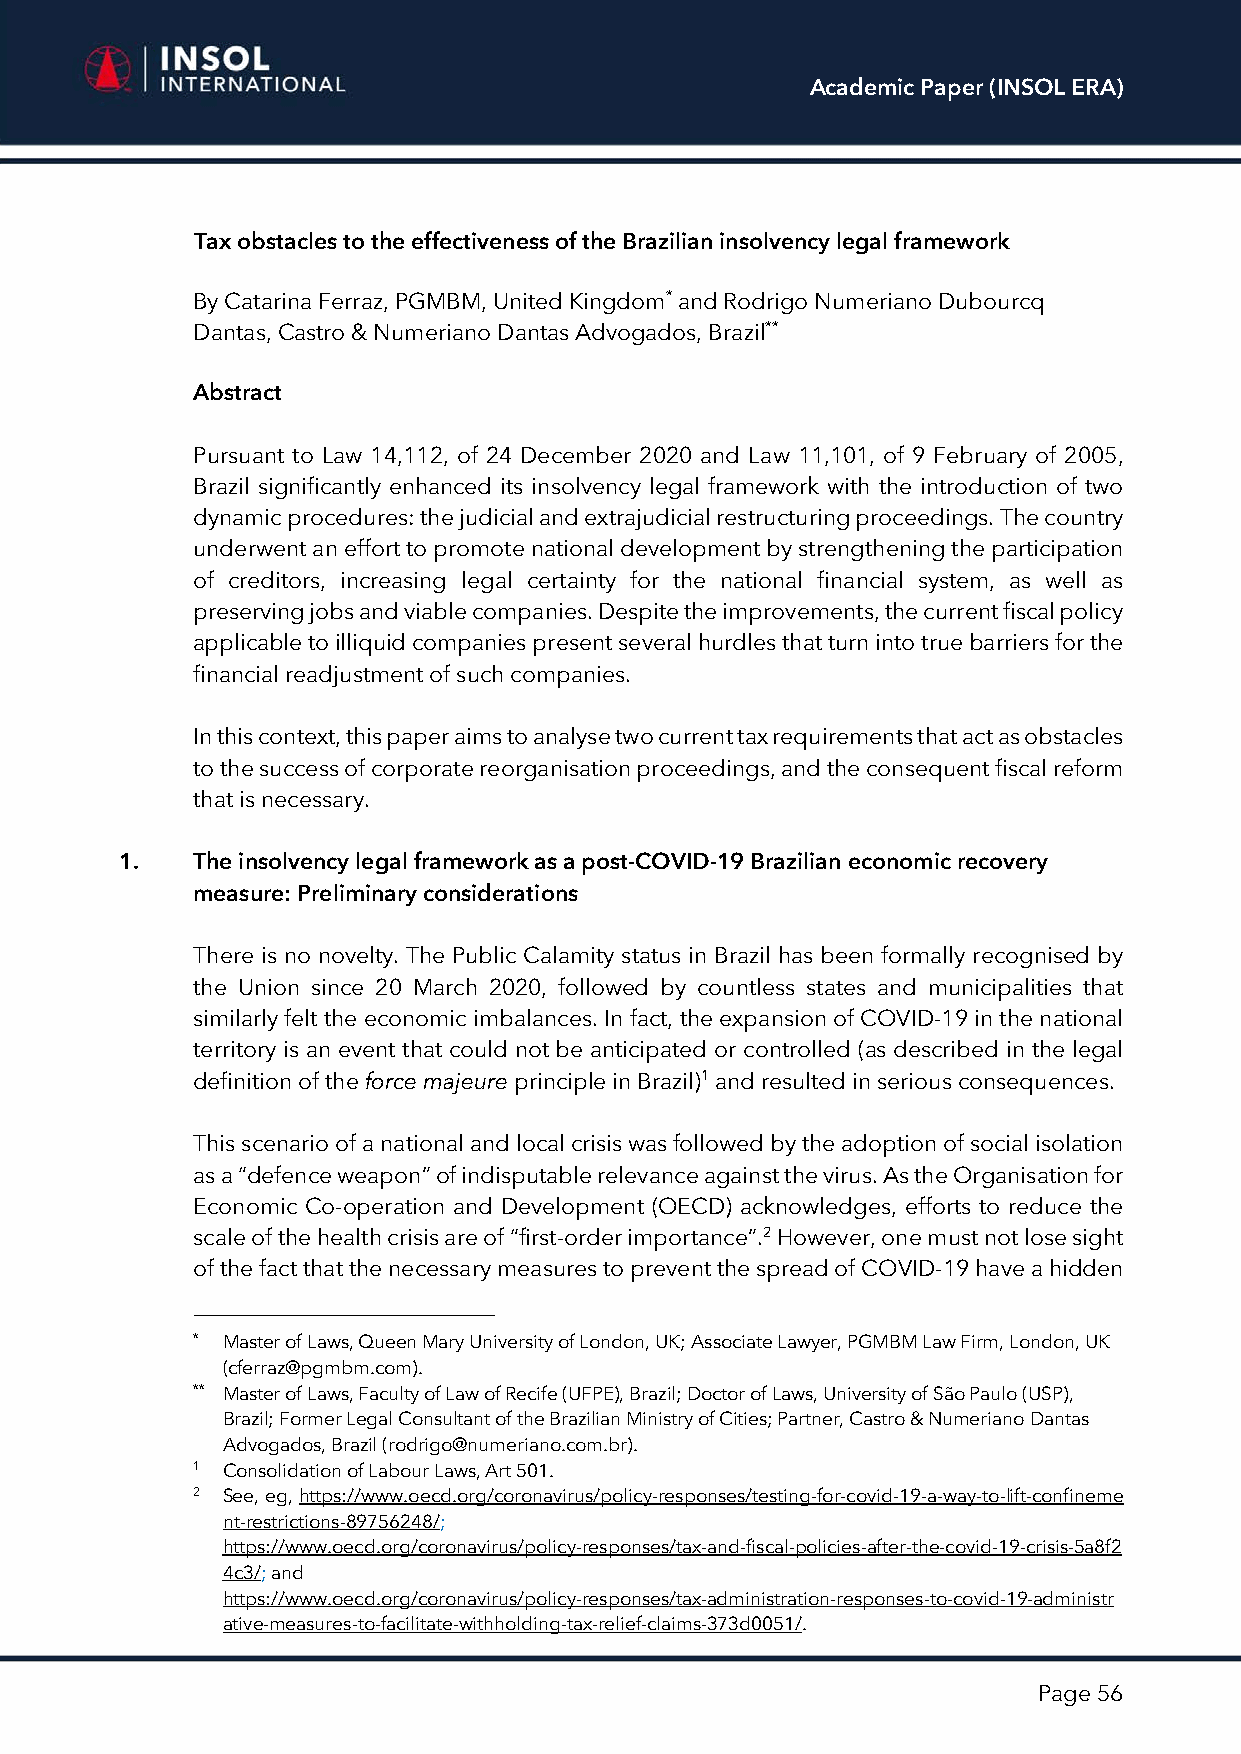
Academic Paper (INSOL ERA)
 Tax obstacles to the effectiveness of the Brazilian insolvency legal framework
 By Catarina Ferraz, PGMBM, United Kingdom* and Rodrigo Numeriano Dubourcq
 Dantas, Castro & Numeriano Dantas Advogados, Brazil**
 Abstract
 Pursuant to Law 14,112, of 24 December 2020 and Law 11,101, of 9 February of 2005,
 Brazil significantly enhanced its insolvency legal framework with the introduction of two
 dynamic procedures: the judicial and extrajudicial restructuring proceedings. The country
 underwent an effort to promote national development by strengthening the participation
 of creditors, increasing legal certainty for the national financial system, as well as
 preserving jobs and viable companies. Despite the improvements, the current fiscal policy
 applicable to illiquid companies present several hurdles that turn into true barriers for the
 financial readjustment of such companies.
 In this context, this paper aims to analyse two current tax requirements that act as obstacles
 to the success of corporate reorganisation proceedings, and the consequent fiscal reform
 that is necessary.
 1.   The insolvency legal framework as a post-COVID-19 Brazilian economic recovery
 measure: Preliminary considerations
 There is no novelty. The Public Calamity status in Brazil has been formally recognised by
 the Union since 20 March 2020, followed by countless states and municipalities that
 similarly felt the economic imbalances. In fact, the expansion of COVID-19 in the national
 territory is an event that could not be anticipated or controlled (as described in the legal
 definition of the force majeure principle in Brazil)1 and resulted in serious consequences.
 This scenario of a national and local crisis was followed by the adoption of social isolation
 as a “defence weapon” of indisputable relevance against the virus. As the Organisation for
 Economic Co-operation and Development (OECD) acknowledges, efforts to reduce the
 scale of the health crisis are of “first-order importance”.2 However, one must not lose sight
 of the fact that the necessary measures to prevent the spread of COVID-19 have a hidden
 * Master of Laws, Queen Mary University of London, UK; Associate Lawyer, PGMBM Law Firm, London, UK
 (cferraz@pgmbm.com).
 ** Master of Laws, Faculty of Law of Recife (UFPE), Brazil; Doctor of Laws, University of São Paulo (USP),
 Brazil; Former Legal Consultant of the Brazilian Ministry of Cities; Partner, Castro & Numeriano Dantas
 Advogados, Brazil (rodrigo@numeriano.com.br).
 1 Consolidation of Labour Laws, Art 501.
 2 See, eg, https://www.oecd.org/coronavirus/policy-responses/testing-for-covid-19-a-way-to-lift-confineme
 nt-restrictions-89756248/;
 https://www.oecd.org/coronavirus/policy-responses/tax-and-fiscal-policies-after-the-covid-19-crisis-5a8f2
 4c3/; and
 https://www.oecd.org/coronavirus/policy-responses/tax-administration-responses-to-covid-19-administr
 ative-measures-to-facilitate-withholding-tax-relief-claims-373d0051/.
 Page 56